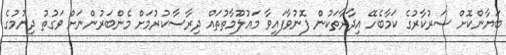
ބަޔާންކޮށް ސަރުކާރުގެ ކަމާބެހޭ އިދާރާތަކުން ފޮނުވާފައިވާ މައުލޫމާތުތައް ދިރާސާކުރުމަށް މެންބަރުންނަށް ވަގުތު ދިނުމުގެ